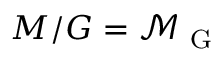
M / G = \mathcal { M } _ { \mathrm { ~ G ~ } }